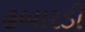
હબારડી